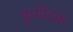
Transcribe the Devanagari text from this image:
कुशोदकं